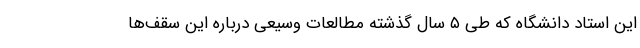
این استاد دانشگاه که طی ۵ سال گذشته مطالعات وسیعی درباره این سقف‌ها